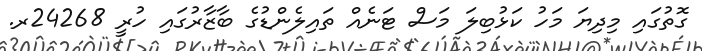
ގޮތުގައި މިދިޔަ މަހު ކަޅުބިލަ މަސް ޓަނެއް ތައިލެންޑުގެ ބާޒާރުގައި ހުރީ 24268ރ.